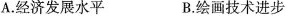
A .经济发展水平 B. 绘画技术进步